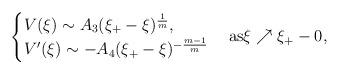
LaTeX: \begin{align*}\begin{cases}V(\xi) \sim A_{3}(\xi_{+}-\xi)^{\frac{1}{m}},\\V'(\xi) \sim -A_{4}(\xi_{+}-\xi)^{-\frac{m-1}{m}}\end{cases}{\rm{as}} \xi \nearrow \xi_{+}-0,\end{align*}